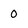
Character: 0